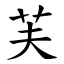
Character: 芙